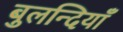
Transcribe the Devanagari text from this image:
बुलन्दियाँ